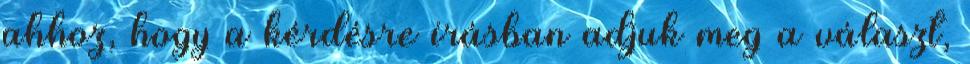
ahhoz, hogy a kérdésre írásban adjuk meg a választ,